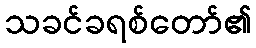
သခင်ခရစ်တော်၏